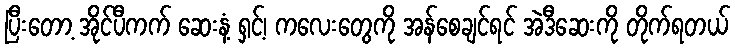
ပြီးတော့ အိုင်ပီကက် ဆေးနံ့ ရှင့်၊ ကလေးတွေကို အန်စေချင်ရင် အဲဒီဆေးကို တိုက်ရတယ်